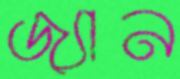
জ্যান